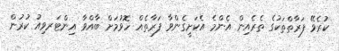
ކުރެވޭ ފަރާތްތަކުގެ ތެރެއިން އެންމެ އެކަށީގެންވާ ފަރާތެއް ހޮވުމަށް ބާއްވާ އިންޓަރވިއު ކުރުން